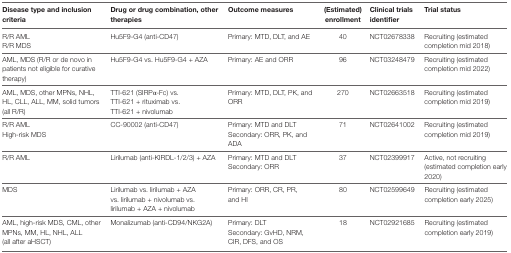
<table><thead><tr><td><b>Disease type and inclusion criteria</b></td><td><b>Drug or drug combination, other therapies</b></td><td><b>Outcome measures</b></td><td><b>(Estimated) enrollment</b></td><td><b>Clinical trials identifier</b></td><td><b>Trial status</b></td></tr></thead><tbody><tr><td>R/R AMLR/R MDS</td><td>Hu5F9-G4 (anti-CD47)</td><td>Primary: MTD, DLT, and AE</td><td>40</td><td>NCT02678338</td><td>Recruiting (estimated completion mid 2018)</td></tr><tr><td>AML, MDS (R/R or <i>de novo</i> in patients not eligible for curative therapy)</td><td>Hu5F9-G4 vs. Hu5F9-G4 + AZA</td><td>Primary: AE and ORR</td><td>96</td><td>NCT03248479</td><td>Recruiting (estimated completion mid 2022)</td></tr><tr><td>AML, MDS, other MPNs, NHL, HL, CLL, ALL, MM, solid tumors (all R/R)</td><td>TTI-621 (SIRPα-Fc) vs. TTI-621 + rituximab vs. TTI-621 + nivolumab</td><td>Primary: MTD, DLT, PK, and ORR</td><td>270</td><td>NCT02663518</td><td>Recruiting (estimated completion mid 2019)</td></tr><tr><td>R/R AMLHigh-risk MDS</td><td>CC-90002 (anti-CD47)</td><td>Primary: MTD and DLTSecondary: ORR, PK, and ADA</td><td>71</td><td>NCT02641002</td><td>Recruiting (estimated completion mid 2019)</td></tr><tr><td>R/R AML</td><td>Lirilumab (anti-KIRDL-1/2/3) + AZA</td><td>Primary: MTD and DLTSecondary: ORR</td><td>37</td><td>NCT02399917</td><td>Active, not recruiting (estimated completion early 2020)</td></tr><tr><td>MDS</td><td>Lirilumab vs. lirilumab + AZA vs. lirilumab + nivolumab vs. lirilumab + AZA + nivolumab</td><td>Primary: ORR, CR, PR, and HI</td><td>80</td><td>NCT02599649</td><td>Recruiting (estimated completion early 2025)</td></tr><tr><td>AML, high-risk MDS, CML, other MPNs, MM, HL, NHL, ALL (all after aHSCT)</td><td>Monalizumab (anti-CD94/NKG2A)</td><td>Primary: DLTSecondary: GvHD, NRM, CIR, DFS, and OS</td><td>18</td><td>NCT02921685</td><td>Recruiting (estimated completion early 2019)</td></tr></tbody></table>